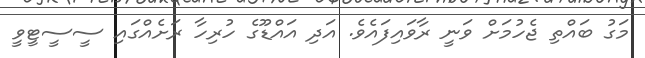
މަގު ބައްތި ޖެހުމަށް ވަނީ ރާވައިފައެވެ. އަދި އައްޑޫގެ ހުރިހާ ރަށެއްގައި ސީސީޓީވީ